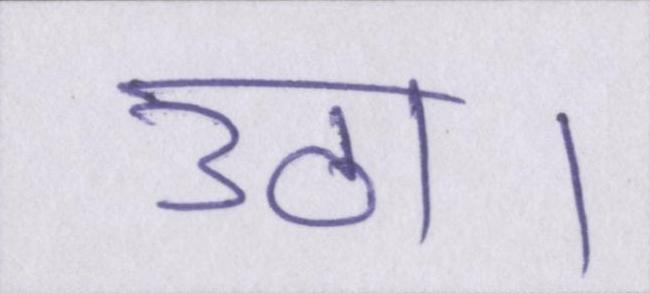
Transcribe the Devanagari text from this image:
उठा।